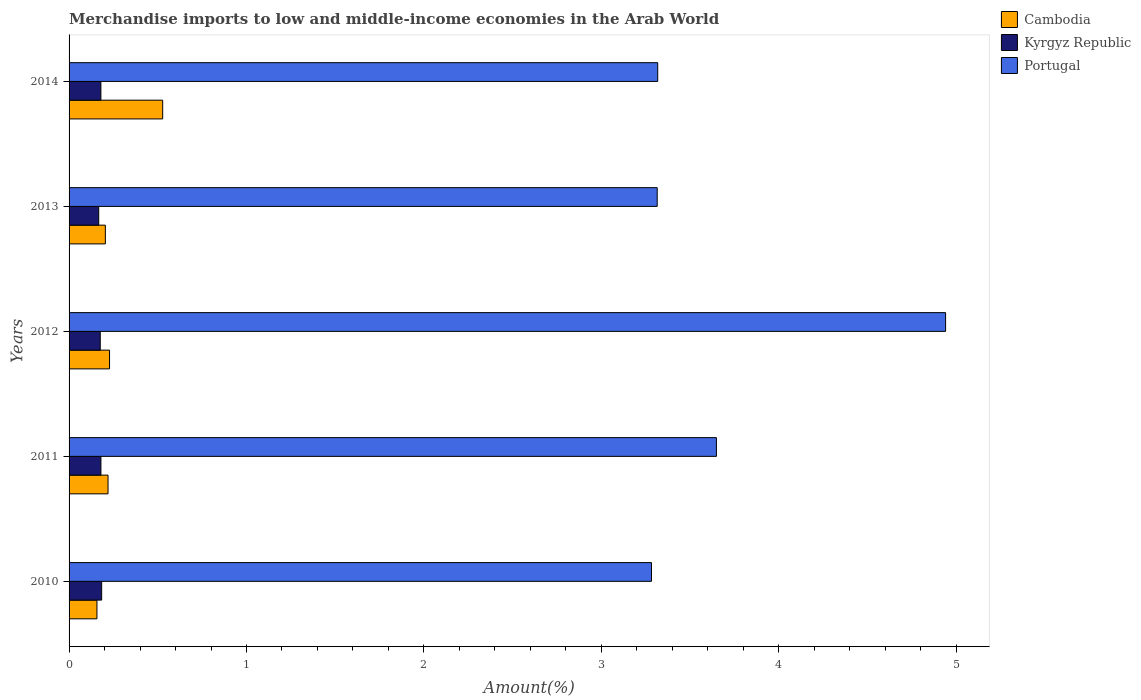
| Years | Cambodia | Kyrgyz Republic | Portugal |
 | --- | --- | --- | --- |
 | 2010 | 0.157 | 0.184 | 3.28 |
 | 2011 | 0.22 | 0.18 | 3.65 |
 | 2012 | 0.228 | 0.176 | 4.94 |
 | 2013 | 0.205 | 0.167 | 3.32 |
 | 2014 | 0.528 | 0.179 | 3.32 |